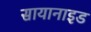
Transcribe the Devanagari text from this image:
सायानाइड